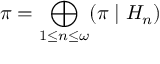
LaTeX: \pi = \bigoplus _ { 1 \leq n \leq \omega } ( \pi \mid H _ { n } )